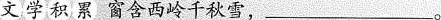
文学积累窗含西岭千秋雪，_。